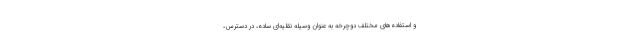
و استفاده‌های مختلف دوچرخه به عنوان وسیله نقلیه‌ای ساده، در دسترس،